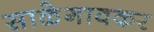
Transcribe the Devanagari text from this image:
साळेगावकर